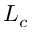
L _ { c }